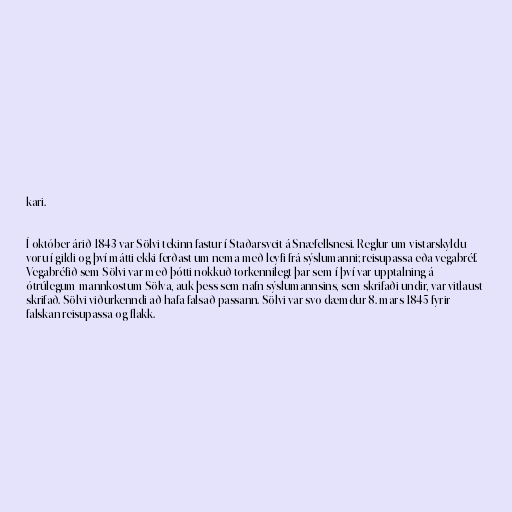
kari.

Í október árið 1843 var Sölvi tekinn fastur í Staðarsveit á Snæfellsnesi. Reglur um vistarskyldu
voru í gildi og því mátti ekki ferðast um nema með leyfi frá sýslumanni; reisupassa eða vegabréf.
Vegabréfið sem Sölvi var með þótti nokkuð torkennilegt þar sem í því var upptalning á
ótrúlegum mannkostum Sölva, auk þess sem nafn sýslumannsins, sem skrifaði undir, var vitlaust
skrifað. Sölvi viðurkenndi að hafa falsað passann. Sölvi var svo dæmdur 8. mars 1845 fyrir
falskan reisupassa og flakk.